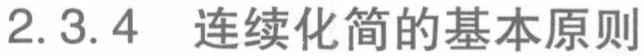
2.3.4 连续化简的基本原则